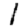
Digit: 1